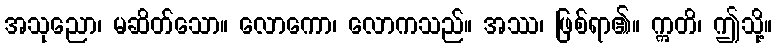
အသုညော၊ မဆိတ်သော။ လောကော၊ လောကသည်။ အဿ၊ ဖြစ်ရာ၏။ ဣတိ၊ ဤသို့။